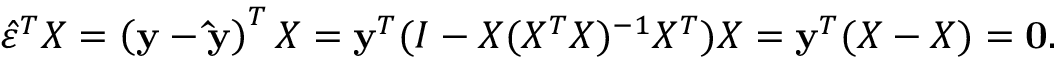
{ \hat { \varepsilon } } ^ { T } X = \left( \mathbf { y } - \mathbf { \hat { y } } \right) ^ { T } X = \mathbf { y } ^ { T } ( I - X ( X ^ { T } X ) ^ { - 1 } X ^ { T } ) X = { \mathbf { y } } ^ { T } ( X - X ) = { \mathbf { 0 } } .